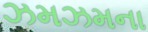
ઝમઝમના